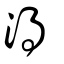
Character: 淂